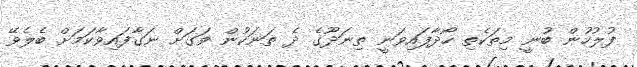
ފުލުހުން ބުނީ މިތަކެތި ހޯދާފައިވަނީ ތިނަދޫގެ ދެ ތަނަކުން ވަގަށް ނަގާފައިވާކަމަށް ބެލެވޭ